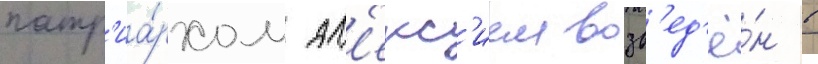
патр'иа́рхом ал'екс'ием возв'ед'ё́н в